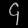
Digit: ၄